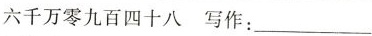
六千万零九百四十八 写作：___